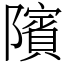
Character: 䧬